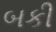
બકી